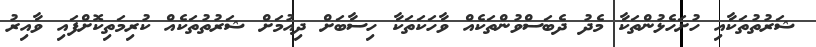
ޝަރުތުތަކާއި ހުށަހެޅުންތަކާ މެދު ދެބަސްވުންތަކެއް ވާހަކަތަކާ ހިސާބަށް ދިއުމަށް ޝަރުތުތަކެއް ކުރިމަތިކޮށްފައި ވާއިރު